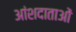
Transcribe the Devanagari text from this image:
आंशदाताओं